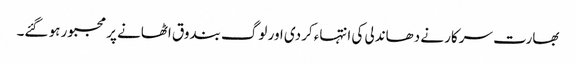
بھارت سرکار نے دھاندلی کی انتہاء کردی اور لوگ بندوق اٹھانے پر مجبور ہو گئے۔